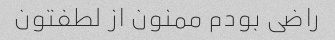
راضی بودم ممنون از لطفتون